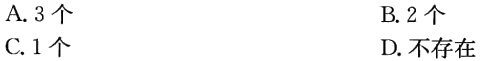
A. 3个

B. 2个

C. 1个

D. 不存在